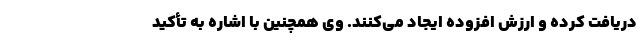
دریافت کرده و ارزش افزوده ایجاد می‌کنند. وی همچنین با اشاره به تأکید